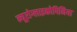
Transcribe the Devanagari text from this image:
न्यूरोग्लाइकोपिनिया